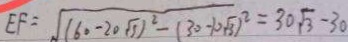
E F = \sqrt { ( 6 0 - 2 0 \sqrt { 3 } ) ^ { 2 } - ( 3 0 - 1 0 \sqrt { 3 } ) ^ { 2 } } = 3 0 \sqrt { 3 } - 3 0